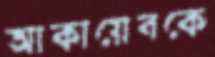
আকায়েবকে